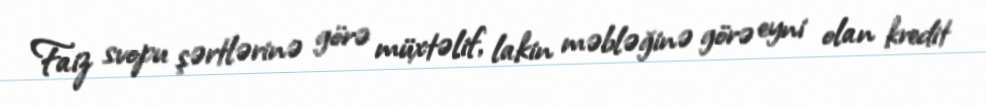
Faiz svopu şərtlərinə görə müxtəlif, lakin məbləğinə görə eyni olan kredit